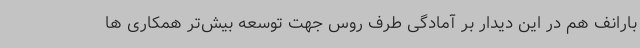
بارانف هم در این دیدار بر آمادگی طرف روس جهت توسعه بیش‌تر همکاری ها